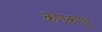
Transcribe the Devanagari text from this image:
कणकापूर